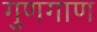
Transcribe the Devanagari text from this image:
गुणगाण